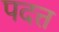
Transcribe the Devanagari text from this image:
पदत्त